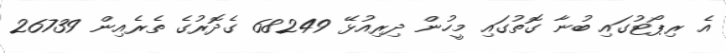
އެ ރިޕޯޓުގައި ބުނާ ގޮތުގައި މީހުން ދިރިއުޅޭ 68249 ގެދޮރުގެ ތެރެއިން 26739